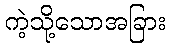
ကဲ့သို့သောအခြား